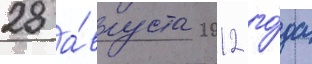
28 а́вгуста 2012 го́да